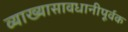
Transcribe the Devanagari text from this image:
व्याख्यासावधानीपूर्वक